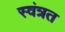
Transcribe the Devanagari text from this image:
स्वंत्रत